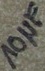
Text: 10µF